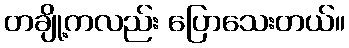
တချို့ကလည်း ပြောသေးတယ်။